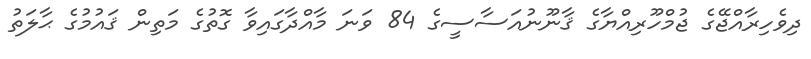
ދިވެހިރާއްޖޭގެ ޖުމްހޫރިއްޔާގެ ޤާނޫނުއަސާސީގެ 84 ވަނަ މާއްދާގައިވާ ގޮތުގެ މަތިން ޤައުމުގެ ޙާލަތު